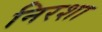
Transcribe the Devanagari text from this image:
निरशा